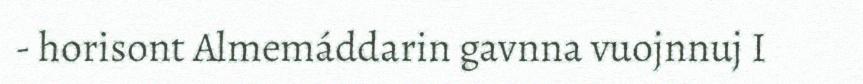
- horisont Almemáddarin gavnna vuojnnuj I